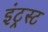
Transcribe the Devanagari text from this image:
इंट्रस्ट